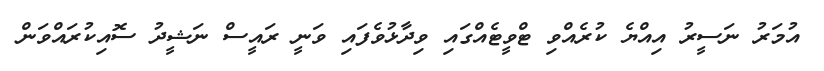
އުމަރު ނަސީރު އިއްޔެ ކުރެއްވި ޓްވީޓެއްގައި ވިދާޅުވެފައި ވަނީ ރައީސް ނަޝީދު ސޮއިކުރައްވަން